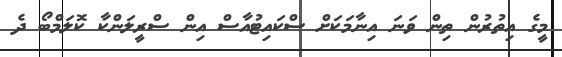
މީގެ އިތުރުން ތިން ވަނަ އިނާމަކަށް ސްކައިޓުއާސް އިން ސްރީލަންކާ ކޮލަމްބޯ ދެ